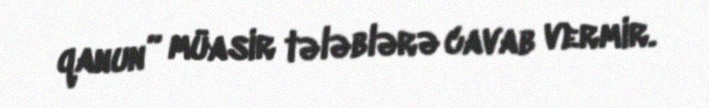
qanun” müasir tələblərə cavab vermir.